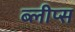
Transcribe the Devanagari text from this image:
ब्लीप्स